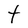
Character: t